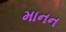
માનન